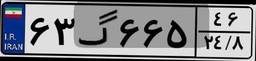
۶۳گ۶۶۵۴۶